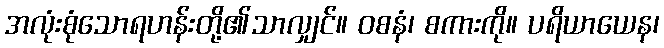
အလုံးစုံသောရဟန်းတို့၏သာလျှင်။ ဝစနံ၊ စကားကို။ ပရိယာယေန၊